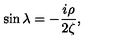
\sin \lambda = - \frac { i \rho } { 2 \zeta } ,